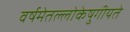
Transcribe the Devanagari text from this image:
वर्षमेतल्लोकेषुगीयते